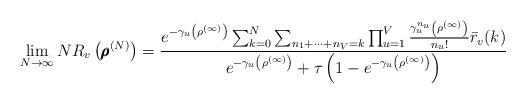
LaTeX: \begin{align*} \lim_{N \to \infty} N R_v\left( \pmb{\rho}^{(N)} \right) = \frac{e^{-\gamma_u\left( {\rho}^{(\infty)} \right)} \sum_{k=0}^N\sum_{n_1+\cdots+ n_V = k } \prod_{u=1}^V \frac{\gamma_u^{n_u}\left( {\rho}^{(\infty)} \right)}{n_u!} \bar r_v(k)}{e^{- \gamma_u\left( {\rho}^{(\infty)} \right)} + \tau\left( 1 - e^{- \gamma_u\left( {\rho}^{(\infty)} \right)} \right) }\end{align*}